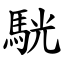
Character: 駫